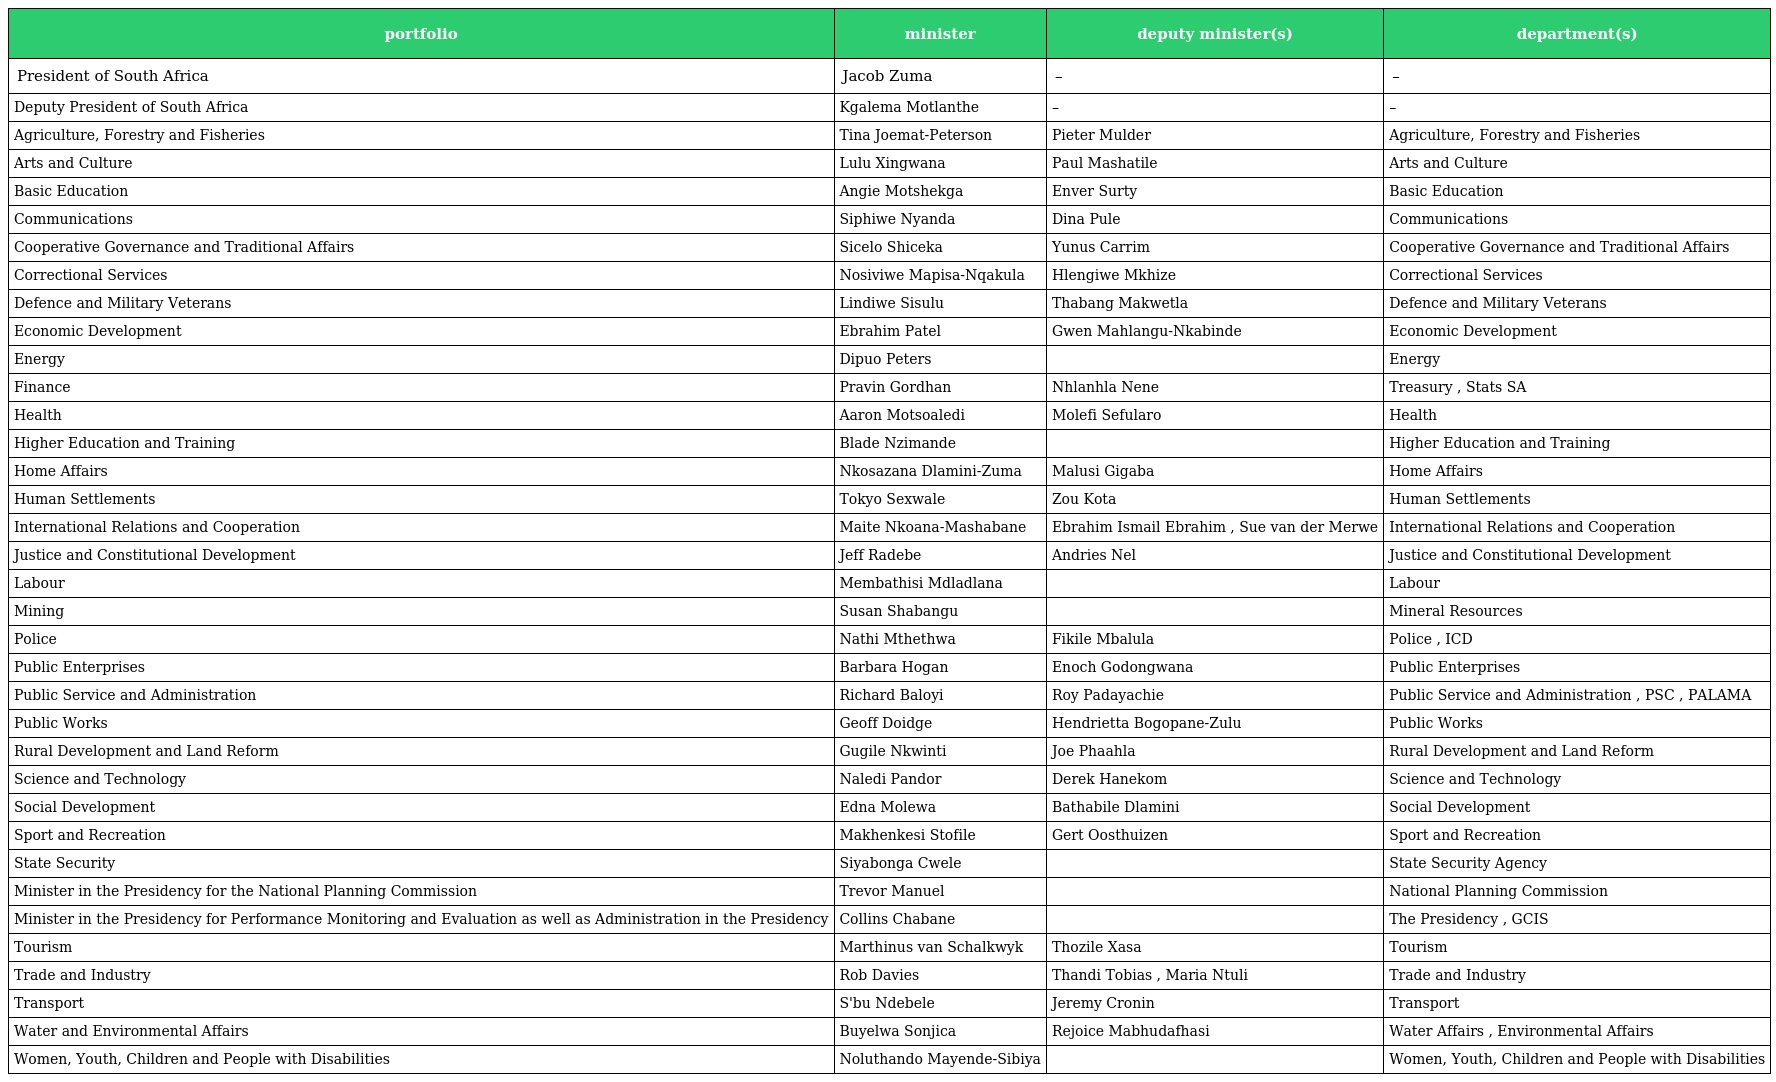
| portfolio | minister | deputy minister(s) | department(s) |
 | --- | --- | --- | --- |
 | President of South Africa | Jacob Zuma | – | – |
 | Deputy President of South Africa | Kgalema Motlanthe | – | – |
 | Agriculture, Forestry and Fisheries | Tina Joemat-Peterson | Pieter Mulder | Agriculture, Forestry and Fisheries |
 | Arts and Culture | Lulu Xingwana | Paul Mashatile | Arts and Culture |
 | Basic Education | Angie Motshekga | Enver Surty | Basic Education |
 | Communications | Siphiwe Nyanda | Dina Pule | Communications |
 | Cooperative Governance and Traditional Affairs | Sicelo Shiceka | Yunus Carrim | Cooperative Governance and Traditional Affairs |
 | Correctional Services | Nosiviwe Mapisa-Nqakula | Hlengiwe Mkhize | Correctional Services |
 | Defence and Military Veterans | Lindiwe Sisulu | Thabang Makwetla | Defence and Military Veterans |
 | Economic Development | Ebrahim Patel | Gwen Mahlangu-Nkabinde | Economic Development |
 | Energy | Dipuo Peters |  | Energy |
 | Finance | Pravin Gordhan | Nhlanhla Nene | Treasury , Stats SA |
 | Health | Aaron Motsoaledi | Molefi Sefularo | Health |
 | Higher Education and Training | Blade Nzimande |  | Higher Education and Training |
 | Home Affairs | Nkosazana Dlamini-Zuma | Malusi Gigaba | Home Affairs |
 | Human Settlements | Tokyo Sexwale | Zou Kota | Human Settlements |
 | International Relations and Cooperation | Maite Nkoana-Mashabane | Ebrahim Ismail Ebrahim , Sue van der Merwe | International Relations and Cooperation |
 | Justice and Constitutional Development | Jeff Radebe | Andries Nel | Justice and Constitutional Development |
 | Labour | Membathisi Mdladlana |  | Labour |
 | Mining | Susan Shabangu |  | Mineral Resources |
 | Police | Nathi Mthethwa | Fikile Mbalula | Police , ICD |
 | Public Enterprises | Barbara Hogan | Enoch Godongwana | Public Enterprises |
 | Public Service and Administration | Richard Baloyi | Roy Padayachie | Public Service and Administration , PSC , PALAMA |
 | Public Works | Geoff Doidge | Hendrietta Bogopane-Zulu | Public Works |
 | Rural Development and Land Reform | Gugile Nkwinti | Joe Phaahla | Rural Development and Land Reform |
 | Science and Technology | Naledi Pandor | Derek Hanekom | Science and Technology |
 | Social Development | Edna Molewa | Bathabile Dlamini | Social Development |
 | Sport and Recreation | Makhenkesi Stofile | Gert Oosthuizen | Sport and Recreation |
 | State Security | Siyabonga Cwele |  | State Security Agency |
 | Minister in the Presidency for the National Planning Commission | Trevor Manuel |  | National Planning Commission |
 | Minister in the Presidency for Performance Monitoring and Evaluation as well as Administration in the Presidency | Collins Chabane |  | The Presidency , GCIS |
 | Tourism | Marthinus van Schalkwyk | Thozile Xasa | Tourism |
 | Trade and Industry | Rob Davies | Thandi Tobias , Maria Ntuli | Trade and Industry |
 | Transport | S'bu Ndebele | Jeremy Cronin | Transport |
 | Water and Environmental Affairs | Buyelwa Sonjica | Rejoice Mabhudafhasi | Water Affairs , Environmental Affairs |
 | Women, Youth, Children and People with Disabilities | Noluthando Mayende-Sibiya |  | Women, Youth, Children and People with Disabilities |